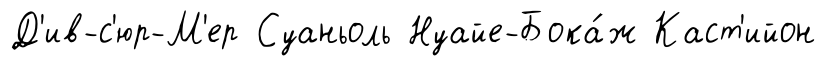
Д'ив-с'юр-М'ер Суаньоль Нуайе-Бока́ж Каст'ийон